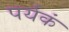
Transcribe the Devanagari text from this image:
पर्यकं